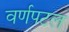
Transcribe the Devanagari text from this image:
वर्णपटल